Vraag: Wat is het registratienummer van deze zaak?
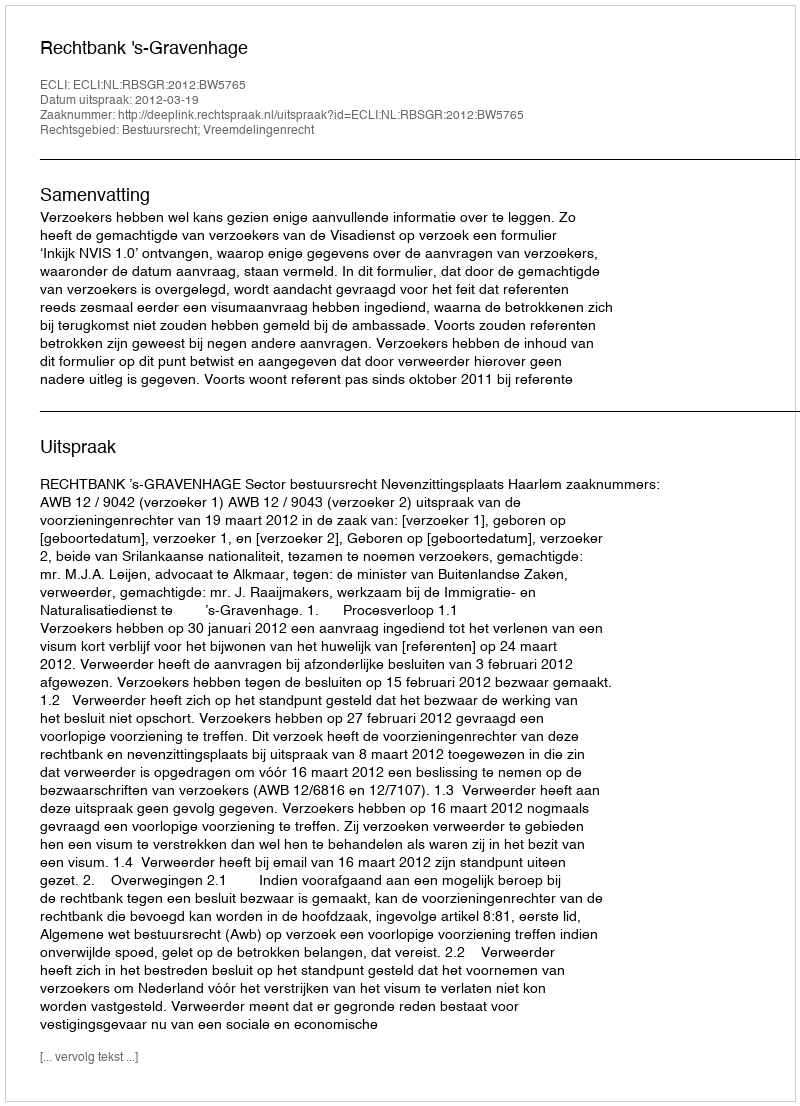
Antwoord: http://deeplink.rechtspraak.nl/uitspraak?id=ECLI:NL:RBSGR:2012:BW5765